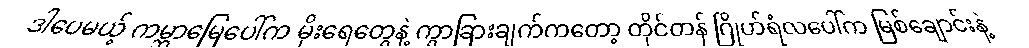
ဒါပေမယ့် ကမ္ဘာမြေပေါ်က မိုးရေတွေနဲ့ ကွာခြားချက်ကတော့ တိုင်တန် ဂြိုဟ်ရံလပေါ်က မြစ်ချောင်းနဲ့